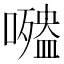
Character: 𡂍